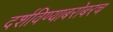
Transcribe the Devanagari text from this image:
दर्शविण्याबरोबरच